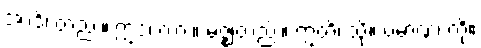
အာဒိ၊ တည်း။ ဣဒံ၊ ကား။ မဇ္ဈံတည်း။ ဣတိ၊ သို့။ ပမာဏံ၊ ကို။